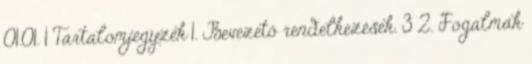
01.01. 1 Tartalomjegyzék 1. Bevezető rendelkezések. 3 2. Fogalmak